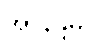
အာနန္ဒမ္ပိ